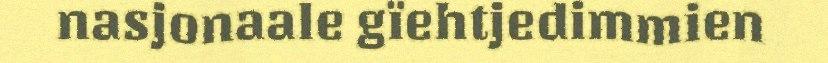
nasjonaale gïehtjedimmien